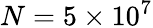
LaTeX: N=5\times 10^{7}